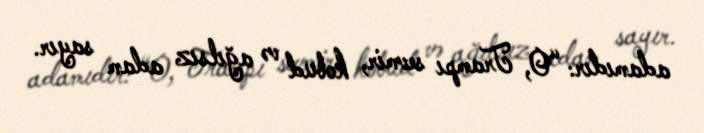
adamıdır: “O, Trampı sevmir, kobud və ağılsız adam sayır.